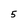
Character: 5